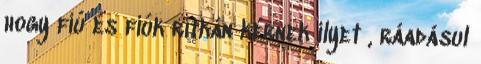
hogy fiú és fiúk ritkán kérnek ilyet , ráadásul